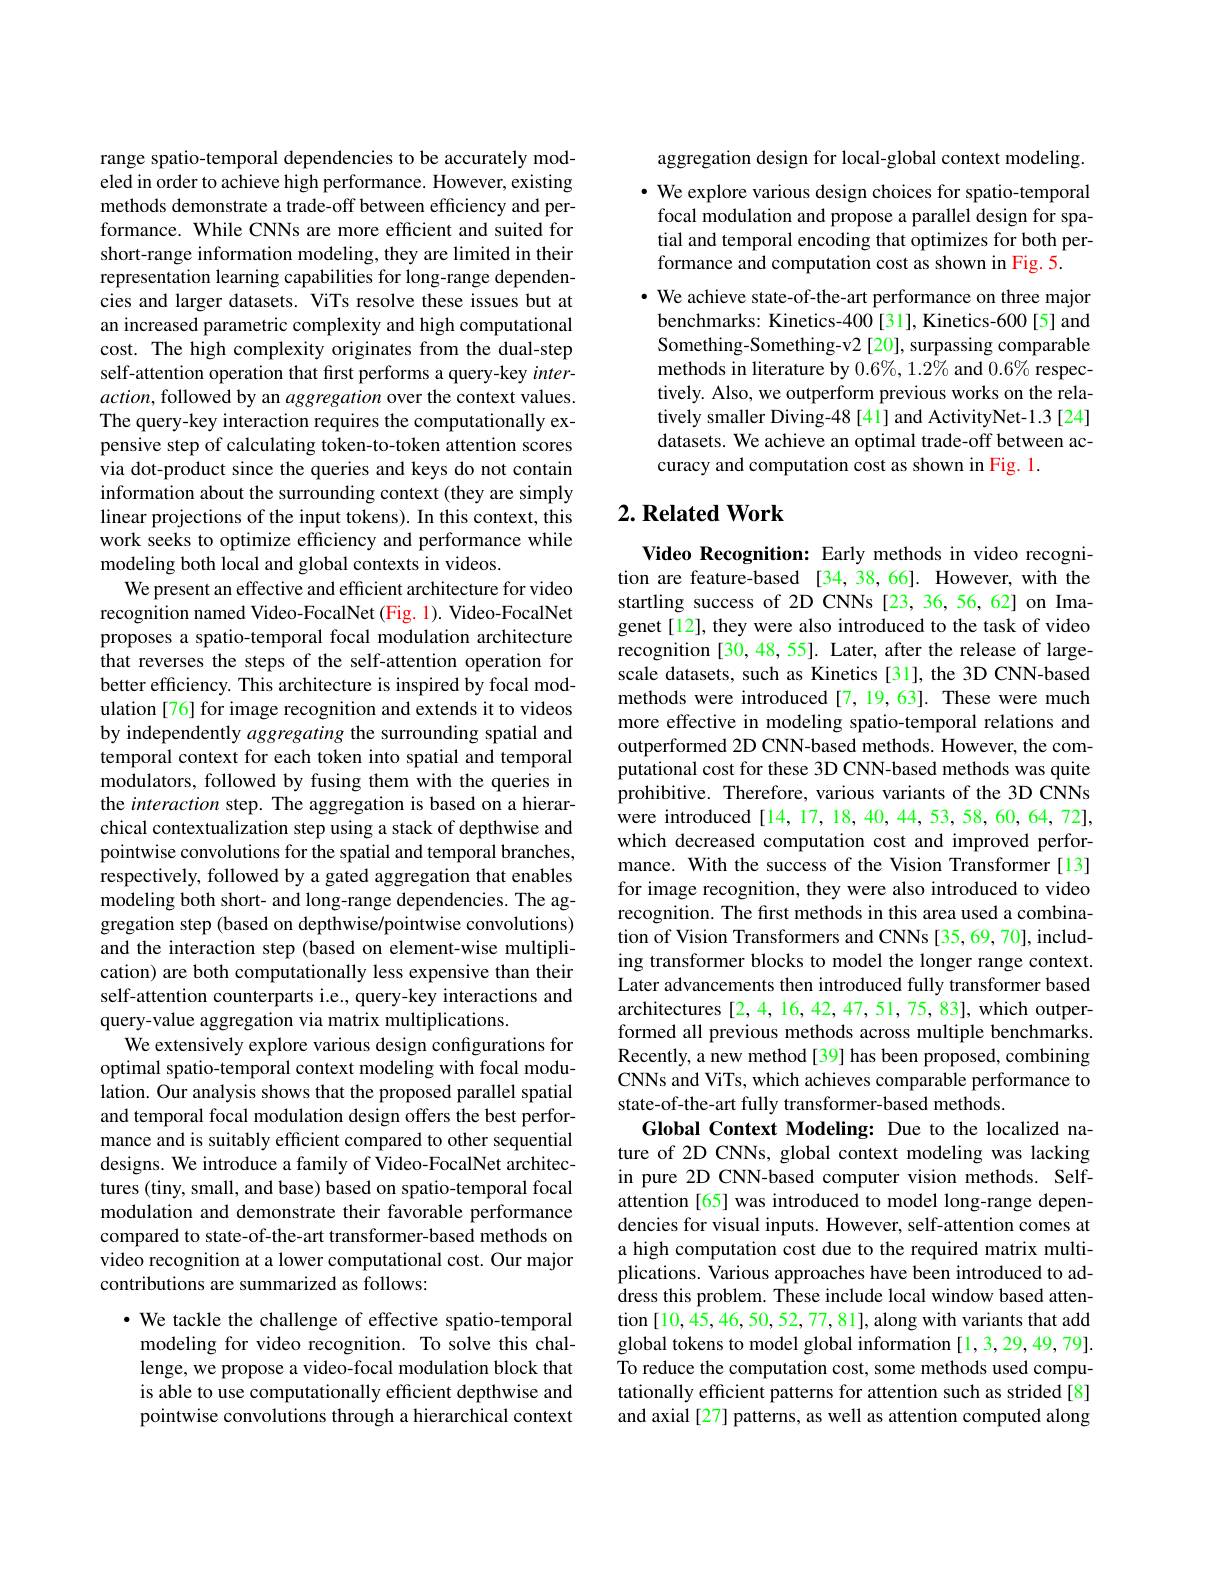
range spatio-temporal dependencies to be accurately modeled in order to achieve high performance. However, existing methods demonstrate a trade-off between effciency and performance. While CNNs are more effcient and suited for short-range information modeling, they are limited in their representation learning capabilities for long-range dependencies and larger datasets. ViTs resolve these issues but at an increased parametric complexity and high computational cost. The high complexity originates from the dual-step self-attention operation that first performs a query-key inter- $action$, followed by an aggregation over the context values. The query-key interaction requires the computationally expensive step of calculating token-to-token attention scores via dot-product since the queries and keys do not contain information about the surrounding context (they are simply linear projections of the input tokens). In this context, this work seeks to optimize efficiency and performance while modeling both local and global contexts in videos.
We present an effective and efficient architecture for video recognition named Video-FocalNet (Fig. 1). Video-FocalNet proposes a spatio-temporal focal modulation architecture that reverses the steps of the self-attention operation for better efficiency. This architecture is inspired by focal modulation [76] for image recognition and extends it to videos by independently aggregating the surrounding spatial and temporal context for each token into spatial and temporal modulators, followed by fusing them with the queries in the interaction step. The aggregation is based on a hierarchical contextualization step using a stack of depthwise and pointwise convolutions for the spatial and temporal branches, respectively, followed by a gated aggregation that enables modeling both short- and long-range dependencies. The aggregation step (based on depthwise/pointwise convolutions) and the interaction step (based on element-wise multiplication) are both computationally less expensive than their self-attention counterparts i.e., query-key interactions and query-value aggregation via matrix multiplications.
We extensively explore various design configurations for optimal spatio-temporal context modeling with focal modulation. Our analysis shows that the proposed parallel spatial and temporal focal modulation design offers the best performance and is suitably efficient compared to other sequential designs. We introduce a family of Video-FocalNet architectures (tiny, small, and base) based on spatio-temporal focal modulation and demonstrate their favorable performance compared to state-of-the-art transformer-based methods on video recognition at a lower computational cost. Our major contributions are summarized as follows:
$\cdot$ We tackle the challenge of effective spatio-temporal

modeling for video recognition. To solve this challenge, we propose a video-focal modulation block that is able to use computationally efficient depthwise and pointwise convolutions through a hierarchical context

aggregation design for local-global context modeling. $\cdot$ We explore various design choices for spatio-temporal focal modulation and propose a parallel design for spatial and temporal encoding that optimizes for both performance and computation cost as shown in Fig. 5.
· We achieve state-of-the-art performance on three major
benchmarks: Kinetics-400[31], Kinetics-600[5] and Something-Something-v2 [20], surpassing comparable methods in literature by 0.6%, 1.2% and 0.6% respectively. Also, we outperform previous works on the relatively smaller Diving-48 [41] and ActivityNet-1.3 [24] datasets. We achieve an optimal trade-off between accuracy and computation cost as shown in Fig. 1.

## $2. \textbf{Related Work}$

Video Recognition: Early methods in video recognition are feature-based [34,38,66]. However, with the startling success of 2D CNNs [23,36,56,62] on Imagenet[12], they were also introduced to the task of video recognition [30,48,55]. Later, after the release of largescale datasets, such as Kinetics [31], the 3D CNN-based methods were introduced[7,19,63]. These were much more effective in modeling spatio-temporal relations and outperformed 2D CNN-based methods. However, the computational cost for these 3D CNN-based methods was quite prohibitive. Therefore, various variants of the 3D CNNs were introduced [14,17,18,40,44,53,58,60,64,72], which decreased computation cost and improved performance. With the success of the Vision Transformer[13] for image recognition, they were also introduced to video recognition. The first methods in this area used a combination of Vision Transformers and CNNs [35,69,70], including transformer blocks to model the longer range context. Later advancements then introduced fully transformer based architectures [2,4,16,42,47,51,75,83], which outperformed all previous methods across multiple benchmarks. Recently, a new method[39] has been proposed, combining CNNs and ViTs, which achieves comparable performance to state-of-the-art fully transformer-based methods.
Global Context Modeling: Due to the localized nature of 2D CNNs, global context modeling was lacking in pure 2D CNN-based computer vision methods. Selfattention [65] was introduced to model long-range dependencies for visual inputs. However, self-attention comes at a high computation cost due to the required matrix multiplications. Various approaches have been introduced to address this problem. These include local window based attention [10,45,46,50,52,77,81], along with variants that add global tokens to model global information [1,3,29,49,79]. To reduce the computation cost, some methods used computationally efficient patterns for attention such as strided[8] and axial [27] patterns, as well as attention computed along